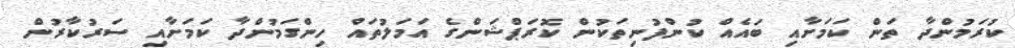
ކުރަމުންދާ ތަން ކަމަށާއި ބައެއް ކުންފުނިތަކުން ކޮރަޕްޝަންގެ އަމަލުތައް ހިންގަމުންދާ ކަމަށާއި ސަރުކާރުން